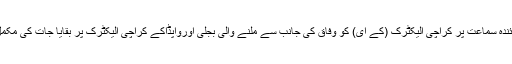
عدالت نے اٹارنی جنرل کو ہدایت کی کہ آئندہ سماعت پر کراچی الیکٹرک (کے ای) کو وفاق کی جانب سے ملنے والی بجلی اورواپڈاکے کراچی الیکٹرک پر بقایا جات کی مکمل تفصیلات عدالت میں جمع کرائی جائیں ۔